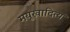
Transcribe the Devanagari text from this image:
मयूखादित्य